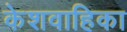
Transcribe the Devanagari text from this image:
केशवाहिका